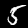
Digit: 5